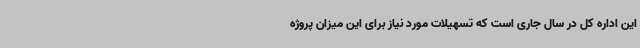
این اداره کل در سال جاری است که تسهیلات مورد نیاز برای این میزان پروژه